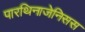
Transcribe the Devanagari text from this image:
पारथिनाजेनिसस